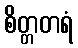
စိတ္တတရံ